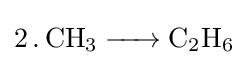
{\ce {2 .CH3 -> C2H6}}